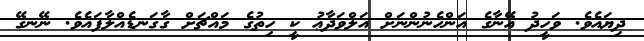
ދިޔައެވެ. ވަހީދު އޭނާގެ އަންހެނުންނަށް އަލްވަދާޢު ކީ ހިތުގެ މައްޗަށް ގާގަނޑެއްލާފައެވެ. ނޭނގޭ